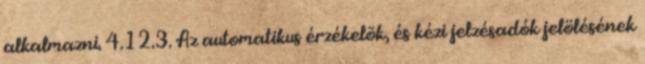
alkalmazni. 4.12.3. Az automatikus érzékelõk, és kézi jelzésadók jelölésének